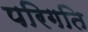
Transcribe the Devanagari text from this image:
परिगति